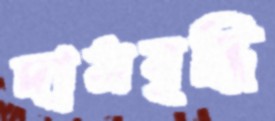
দামবৃদ্ধি